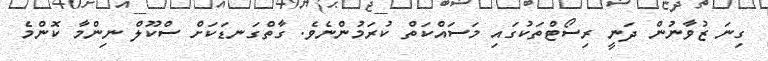
ގިނަ ޒުވާނުން ދަނީ ރިސޯޓްތަކުގައި މަސައްކަތް ކުރަމުންނެވެ. ގާތްގަނޑަކަށް ސްކޫލް ނިންމާ ކޮންމެ